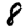
Digit: 8